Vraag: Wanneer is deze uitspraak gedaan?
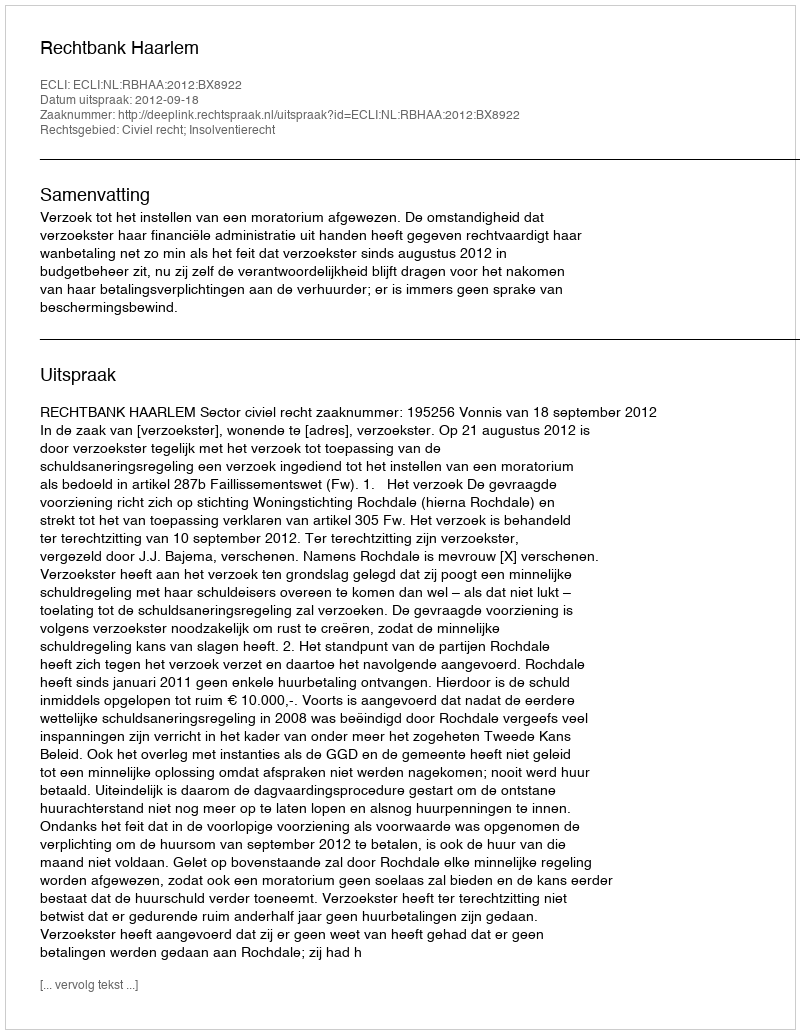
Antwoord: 2012-09-18